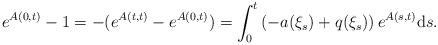
LaTeX: \begin{align*}e^{A(0,t)}-1=-(e^{A(t,t)}-e^{A(0,t)})=\int_{0}^{t}\left(-a(\xi_{s})+q(\xi_{s})\right)e^{A(s,t)}{\rm d}s.\end{align*}